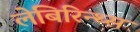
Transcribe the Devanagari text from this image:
लेबिरिन्थ्स